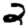
Digit: 2